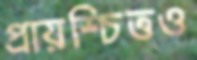
প্রায়শ্চিত্তও